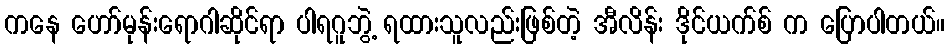
ကနေ ဟော်မုန်းရောဂါဆိုင်ရာ ပါရဂူဘွဲ့ ရထားသူလည်းဖြစ်တဲ့ အီလိန်း ဒိုင်ယက်စ် က ပြောပါတယ်။